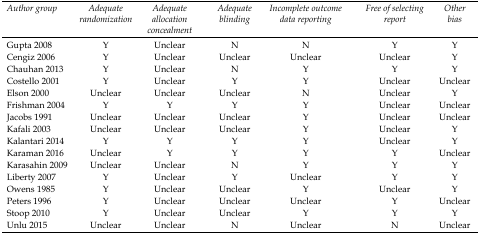
<table><thead><tr><td><b><i>Author group</i></b></td><td><b><i>Adequate randomization</i></b></td><td><b><i>Adequate allocation concealment</i></b></td><td><b><i>Adequate blinding</i></b></td><td><b><i>Incomplete outcome data reporting</i></b></td><td><b><i>Free of selecting report</i></b></td><td><b><i>Other bias</i></b></td></tr></thead><tbody><tr><td>Gupta 2008</td><td>Y</td><td>Unclear</td><td>N</td><td>N</td><td>Y</td><td>Y</td></tr><tr><td>Cengiz 2006</td><td>Y</td><td>Unclear</td><td>Unclear</td><td>Unclear</td><td>Unclear</td><td>Y</td></tr><tr><td>Chauhan 2013</td><td>Y</td><td>Unclear</td><td>N</td><td>Y</td><td>Y</td><td>Y</td></tr><tr><td>Costello 2001</td><td>Y</td><td>Unclear</td><td>Y</td><td>Y</td><td>Unclear</td><td>Unclear</td></tr><tr><td>Elson 2000</td><td>Unclear</td><td>Unclear</td><td>Unclear</td><td>N</td><td>Unclear</td><td>Y</td></tr><tr><td>Frishman 2004</td><td>Y</td><td>Y</td><td>Y</td><td>Y</td><td>Unclear</td><td>Unclear</td></tr><tr><td>Jacobs 1991</td><td>Unclear</td><td>Unclear</td><td>Unclear</td><td>Y</td><td>Unclear</td><td>Unclear</td></tr><tr><td>Kafali 2003</td><td>Unclear</td><td>Unclear</td><td>Unclear</td><td>Y</td><td>Unclear</td><td>Y</td></tr><tr><td>Kalantari 2014</td><td>Y</td><td>Y</td><td>Y</td><td>Y</td><td>Unclear</td><td>Y</td></tr><tr><td>Karaman 2016</td><td>Unclear</td><td>Y</td><td>Y</td><td>Y</td><td>Y</td><td>Unclear</td></tr><tr><td>Karasahin 2009</td><td>Unclear</td><td>Unclear</td><td>N</td><td>Y</td><td>Y</td><td>Y</td></tr><tr><td>Liberty 2007</td><td>Y</td><td>Unclear</td><td>Y</td><td>Unclear</td><td>Y</td><td>Y</td></tr><tr><td>Owens 1985</td><td>Y</td><td>Unclear</td><td>Unclear</td><td>Y</td><td>Unclear</td><td>Y</td></tr><tr><td>Peters 1996</td><td>Y</td><td>Unclear</td><td>Unclear</td><td>Unclear</td><td>Y</td><td>Unclear</td></tr><tr><td>Stoop 2010</td><td>Y</td><td>Unclear</td><td>Unclear</td><td>Y</td><td>Y</td><td>Y</td></tr><tr><td>Unlu 2015</td><td>Unclear</td><td>Unclear</td><td>N</td><td>Unclear</td><td>N</td><td>Unclear</td></tr></tbody></table>